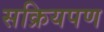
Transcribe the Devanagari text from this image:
सक्रियपण